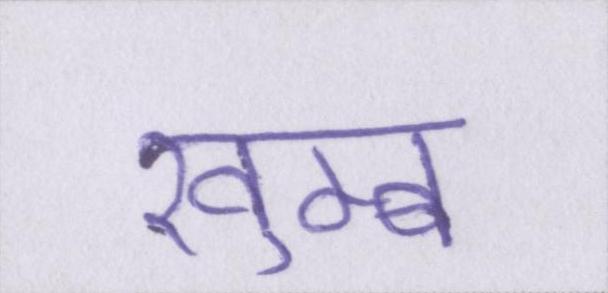
खुम्ब